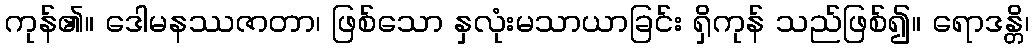
ကုန်၏။ ဒေါမနဿဇာတာ၊ ဖြစ်သော နှလုံးမသာယာခြင်း ရှိကုန် သည်ဖြစ်၍။ ရောဒန္တိ၊